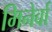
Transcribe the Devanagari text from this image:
मिनेर्वा